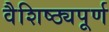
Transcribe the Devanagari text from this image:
वैशिष्ठ्यपूर्ण